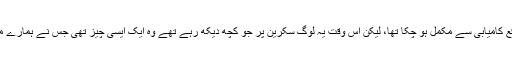
نئے ہتھیار کا یہ تجربہ حسبِ توقع کامیابی سے مکمل ہو چکا تھا، لیکن اس وقت یہ لوگ سکرین پر جو کچھ دیکھ رہے تھے وہ ایک ایسی چیز تھی جس نے ہمارے مستقبل کو ایک نئی شکل دینا تھی۔